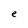
Character: e